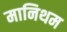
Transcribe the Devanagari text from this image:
मानिथम